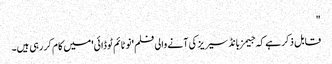
"
قابل ذکر ہے کہ جیمز بانڈ سیریز کی آنے والی فلم 'نو ٹائم ٹو ڈائی'میں کام کر رہی ہیں۔